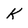
Character: K